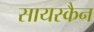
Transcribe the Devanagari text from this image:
सायस्कैन